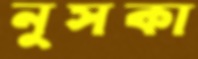
নুসকা